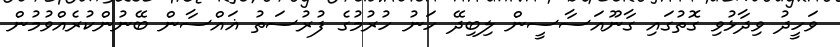
ވަހީދު ވިދާޅުވި ގޮތުގައި ގާނޫއަސާސީން ލިބިދޭ ހަނު ހުރުމުގެ ފުރުސަތު ޣައްސާން ބޭނުންކުރެއްވުމުން